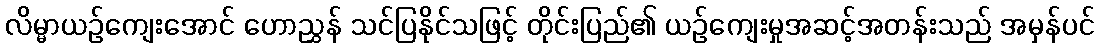
လိမ္မာယဉ်ကျေးအောင် ဟောညွှန် သင်ပြနိုင်သဖြင့် တိုင်းပြည်၏ ယဉ်ကျေးမှုအဆင့်အတန်းသည် အမှန်ပင်